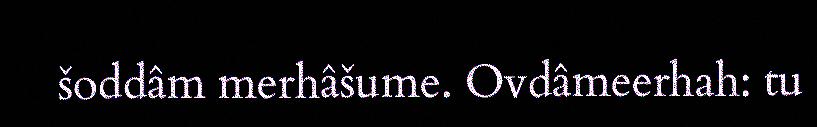
šoddâm merhâšume. Ovdâmeerhah: tu